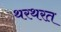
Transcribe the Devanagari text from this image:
थरथरत